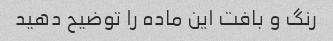
رنگ و بافت این ماده را توضیح دهید